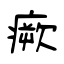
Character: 瘚